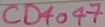
Text: CD4077